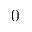
0